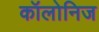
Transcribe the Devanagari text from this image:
कॉलोनिज